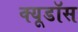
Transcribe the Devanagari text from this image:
क्यूडॉस